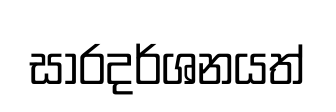
සාරදර්ශනයත්